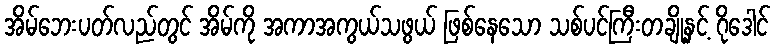
အိမ်ဘေးပတ်လည်တွင် အိမ်ကို အကာအကွယ်သဖွယ် ဖြစ်နေသော သစ်ပင်ကြီးတချို့နှင့် ဂိုဒေါင်